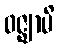
ဝဇ္ဈာမိ